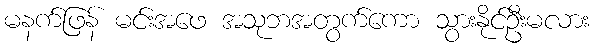
မနက်ဖြန် မင်းအဖေ အသုဘအတွက်ကော သွားနိုင်ဦးမလား